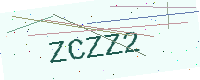
Text: ZCZZ2